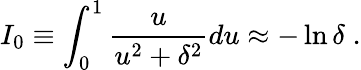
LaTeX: I_{0}\equiv\int_{0}^{1}\frac{u}{u^{2}+\delta^{2}}du\approx-\ln\delta\; .